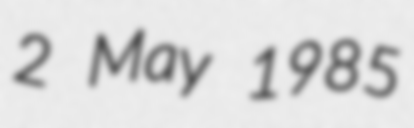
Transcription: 2 May 1985